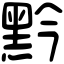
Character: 黔